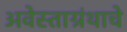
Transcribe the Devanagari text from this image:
अवेस्ताग्रंथाचे